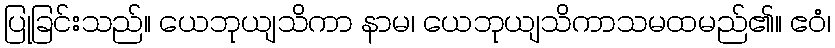
ပြုခြင်းသည်။ ယေဘုယျသိကာ နာမ၊ ယေဘုယျသိကာသမထမည်၏။ ဧဝံ၊